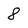
Character: 8